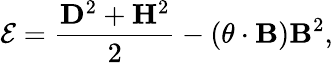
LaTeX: {\cal E}=\frac{{\mathbf D}^{2}+{\mathbf H}^{2}}{2}-\left({\mathbf\theta}\cdot{\mathbf B}\right){\mathbf B}^{2},